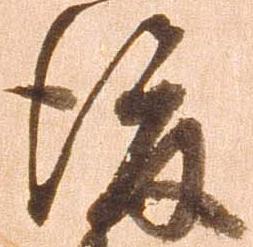
後